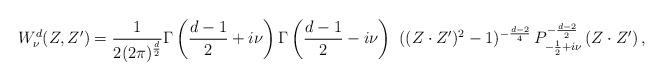
LaTeX: \begin{align*}{W^ {d}_\nu}(Z,Z') = \frac{1} {2(2\pi)^{\frac{d}{2}}}\Gamma\left(\frac{d-1}{2}+i\nu\right) \Gamma\left(\frac{d-1}{2} -i \nu\right) \,\,((Z\cdot Z')^2-1)^{-\frac{d-2}{4}}\,P^{-\frac{d-2}{2}}_{-\frac{1}{2} + i\nu}\left({Z\cdot Z'}\right),\end{align*}